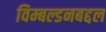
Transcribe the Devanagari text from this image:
विम्बल्डनबद्दल